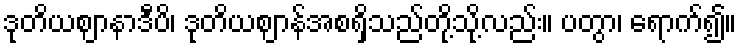
ဒုတိယဈာနာဒီပိ၊ ဒုတိယဈာန်အစရှိသည်တို့သို့လည်း။ ပတွာ၊ ရောက်၍။